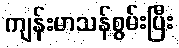
ကျန်းမာသန်စွမ်းပြီး